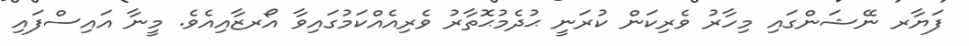
ފަޔާރ ނޭޝަންގައި މިހާރު ވެރިކަން ކުރަނީ ޙުދެމުޙޮތާރު ވެރިއެއްކަމުގައިވާ އޯރޒާއިއެވެ. މީނާ އައިސްފައި